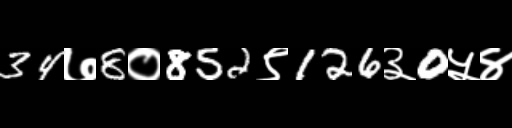
Text: 34७8०852९126३0५४